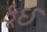
કૂઈ